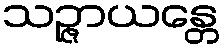
သဉ္ဇာယန္တေ